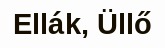
Ellák, Üllő